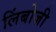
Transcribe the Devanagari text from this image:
लिंबोजी